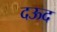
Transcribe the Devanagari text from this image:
दऊद